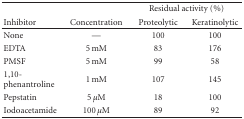
<table><thead><tr><td></td><td></td><td colspan="2"><b>Residual activity (%)</b></td></tr><tr><td><b>Inhibitor</b></td><td><b>Concentration</b></td><td><b>Proteolytic</b></td><td><b>Keratinolytic</b></td></tr></thead><tbody><tr><td>None</td><td>—</td><td>100</td><td>100</td></tr><tr><td>EDTA</td><td>5 mM</td><td>83</td><td>176</td></tr><tr><td>PMSF</td><td>5 mM</td><td>99</td><td>58</td></tr><tr><td>1,10-phenantroline</td><td>1 mM</td><td>107</td><td>145</td></tr><tr><td>Pepstatin</td><td>5 <i>μ</i>M</td><td>18</td><td>100</td></tr><tr><td>Iodoacetamide</td><td>100 <i>μ</i>M</td><td>89</td><td>92</td></tr></tbody></table>